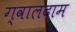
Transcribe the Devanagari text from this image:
ग्वालदाम